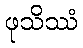
ဖုသိဿံ